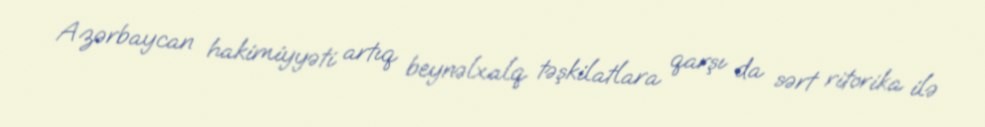
Azərbaycan hakimiyyəti artıq beynəlxalq təşkilatlara qarşı da sərt ritorika ilə